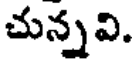
చున్నవి.